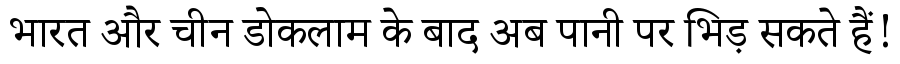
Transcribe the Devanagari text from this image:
भारत और चीन डोकलाम के बाद अब पानी पर भिड़ सकते हैं!